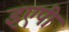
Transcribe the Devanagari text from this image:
इएपी